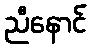
ညီနောင်